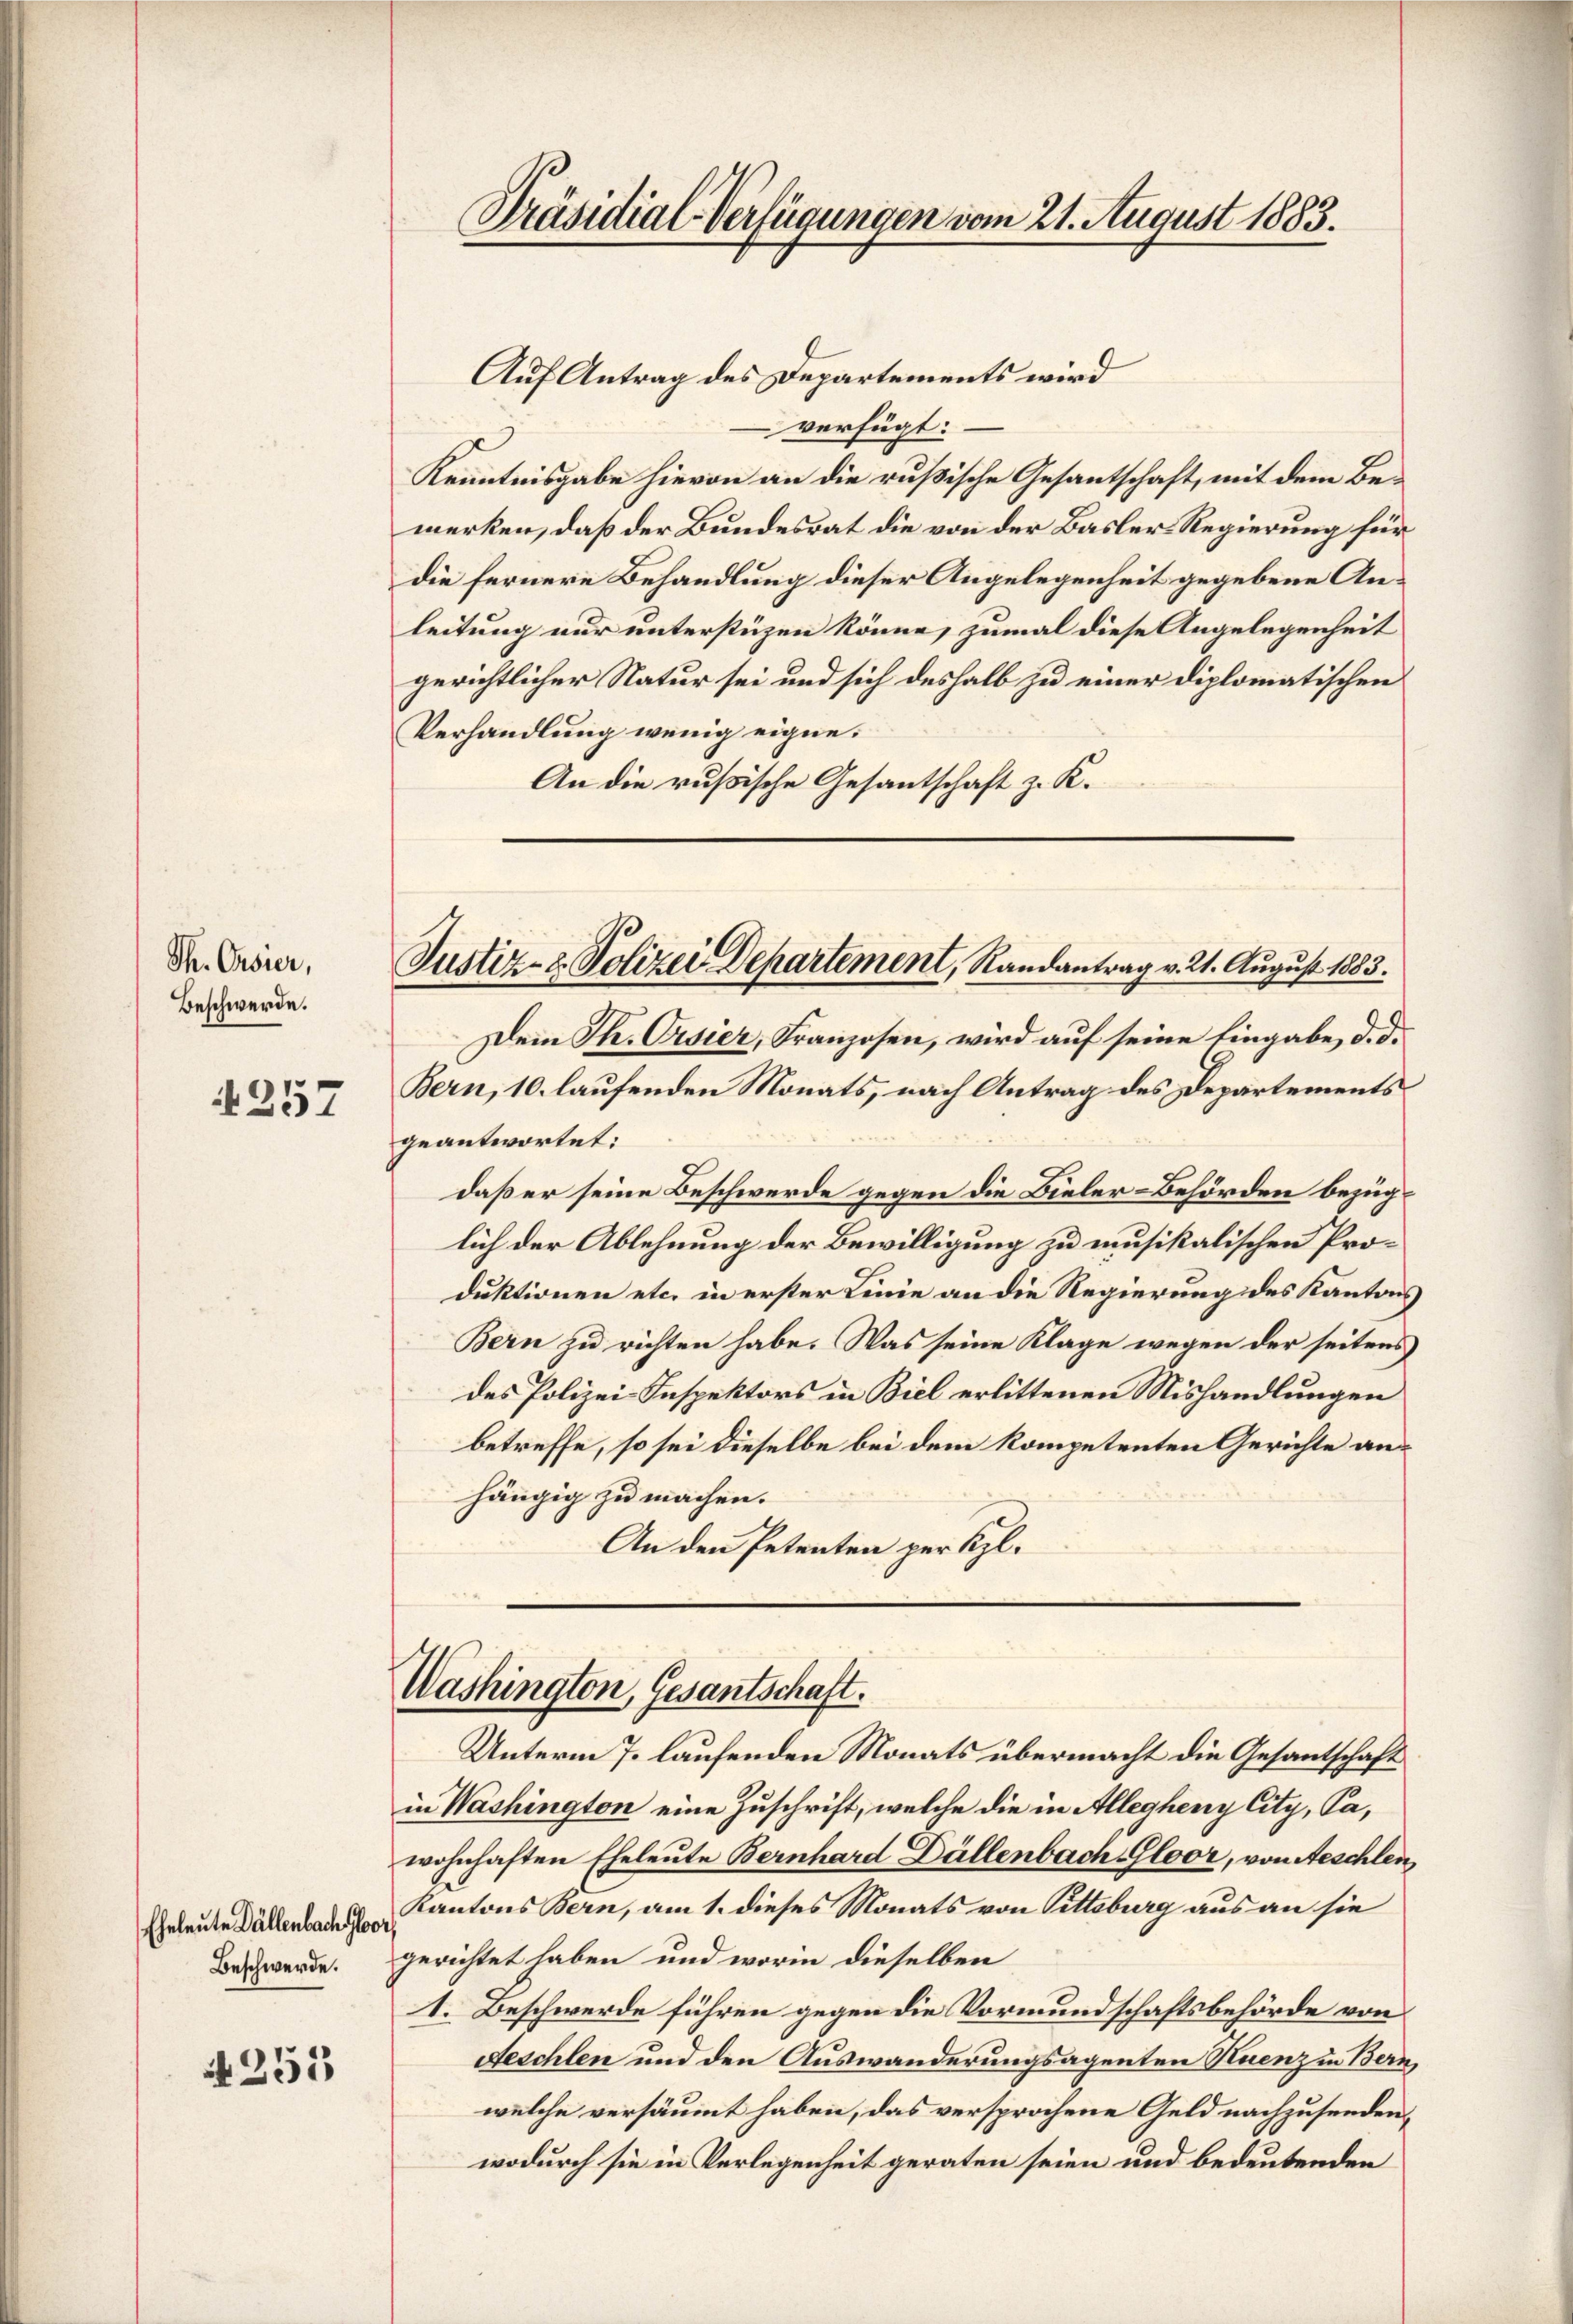
Th. Casier,
Beschwerde.

4257

Eheleute Fällenbach Hor
Beschwerde.

N 253

Präsidial-Verfügungen vom 21. August 1883.

Auf Antrag des Departements wird
verfügt:
Kenntnisgabe hievon an die rußische Gesantschaft, mit dem Bemerken, daß der Bundesrat die von der Basler-Regierung für
die fernere Behandlung dieser Angelegenheit gegebene Anleitung nur unterstüzen könne, zumal diese Angelegenheit
gerichtlicher Natur sei und sich deshalb zu einer diplomatischen
Verhandlung wenig eigne.
An die rußische Gesantschaft z. K.
Dem Th. Orisier, Franzosen, wird auf seine Eingabe, d. d.
Bern, 10. laufenden Monats, nach Antrag des Departements
geantwortet:
daß er seine Beschwerde gegen die Bieler-Behörden bezüglich der Ablehnung der Bewilligung zu musikalischen Produktionen etc. in erster Linie an die Regierung des Kantons
Bern zu richten habe. Was seine Klage wegen der seitens
des Polizei Inspektors in Biel erlittenen Mishandlungen
betreffe, so sei dieselbe bei dem kompetenten Gerichte anhängig zu machen.
An den Petenten per Kgl.

Justiz- & Polizei Departement, Randantrag v. 21. August 1883.

Washington, Gesantschaft.

Unterm 7. laufenden Monats übermacht die Gesantschaft
in Washington eine Zuschrift, welche die in Allegheny City, Pawohnhaften Eheleute Bernhard Dällenbach Gloor, von Aeschlen,
Kantons Bern, am 1. dieses Monats von Pittsburg aus an sie
gerichtet haben, und worin dieselben
1. Beschwerde führen gegen die Vormundschaftsbehörde von
Feschlen und den Auswanderungsagenten Stuenz in Bern,
welche versäumt haben, das versprochene Geld nachzusenden,
wodurch sie in Verlegenheit geraten seien und bedeutenden